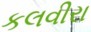
કલવીરા